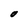
Character: O